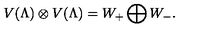
V ( \Lambda ) \otimes V ( \Lambda ) = W _ { + } \bigoplus W _ { - } .